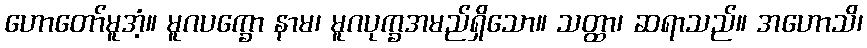
ဟောတော်မူအံ့။ မူဂပက္ခော နာမ၊ မူဂပုက္ခအမည်ရှိသော။ သတ္ထာ၊ ဆရာသည်။ အဟောသိ၊